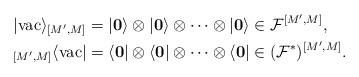
LaTeX: \begin{align*}& |\mathrm{vac}\rangle_{[M', M]}=|\mathbf{0} \rangle \otimes |\mathbf{0} \rangle \otimes \cdots \otimes |\mathbf{0} \rangle \in \mathcal{F}^{[M', M]}, \\ & {}_{[M', M]}\langle \mathrm{vac} |=\langle \mathbf{0} | \otimes \langle \mathbf{0} | \otimes \cdots \otimes \langle \mathbf{0} | \in (\mathcal{F^{*}})^{[M', M]}. \end{align*}